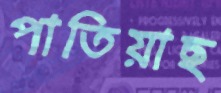
পাতিয়াছ